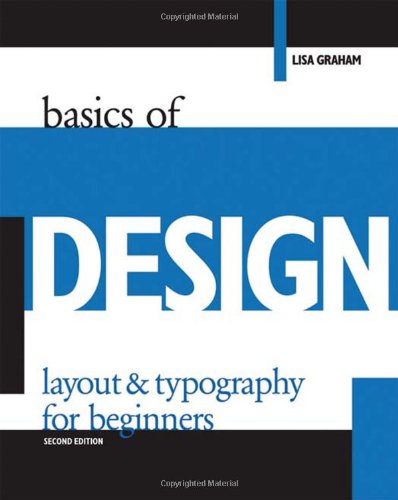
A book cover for Basics of Design: Layout & Typography for Beginners (Design Concepts); Lisa Graham; Arts & Photography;